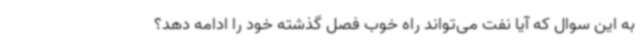
به این سوال که آیا نفت می‌تواند راه خوب فصل گذشته خود را ادامه دهد؟